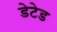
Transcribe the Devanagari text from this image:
डेटेड